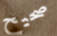
صحيح